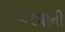
ચરવાની